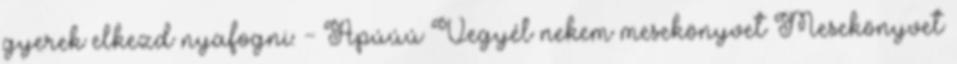
gyerek elkezd nyafogni: - Apúúú Vegyél nekem mesekönyvet Mesekönyvet